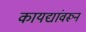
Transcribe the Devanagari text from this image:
कायद्यांवरून